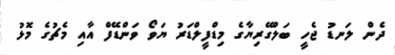
ދެން ލަނޑު ޖެހީ ބަލްގޭރިޔާގެ މިޑްފީލްޑަރު ޔަވޯ ވަންޑޭފް އާއި މެޗުގެ މޮޅު